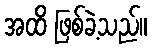
အထိ ဖြစ်ခဲ့သည်။